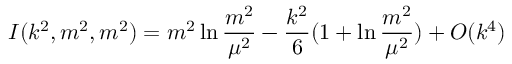
I ( k ^ { 2 } , m ^ { 2 } , m ^ { 2 } ) = m ^ { 2 } \ln { \frac { m ^ { 2 } } { \mu ^ { 2 } } } - { \frac { k ^ { 2 } } { 6 } } ( 1 + \ln { \frac { m ^ { 2 } } { \mu ^ { 2 } } } ) + { \cal O } ( k ^ { 4 } )